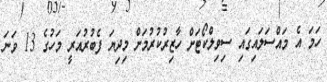
ހަމަ އެ މައްސަލައިގައި ސިވިލްކޯޓަށް ހާޒިރުކުރުމަށް މިދިޔަ ފެބުރުއަރީ މަހުގެ 13 ވަނަ